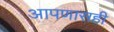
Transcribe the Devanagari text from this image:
आपणासही